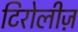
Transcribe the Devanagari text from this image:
टिरोलीज़